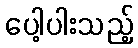
ပေါ့ပါးသည့်